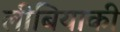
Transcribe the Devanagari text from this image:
लीबियाकी